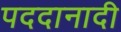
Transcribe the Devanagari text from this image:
पददानादी